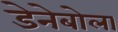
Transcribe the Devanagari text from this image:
डेनेबोला